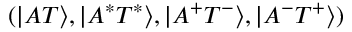
( | A T \rangle , | A ^ { * } T ^ { * } \rangle , | A ^ { + } T ^ { - } \rangle , | A ^ { - } T ^ { + } \rangle )